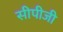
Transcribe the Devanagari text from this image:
सीपीजी